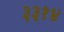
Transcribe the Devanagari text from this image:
३३१४